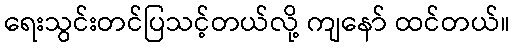
ရေးသွင်းတင်ပြသင့်တယ်လို့ ကျနော် ထင်တယ်။